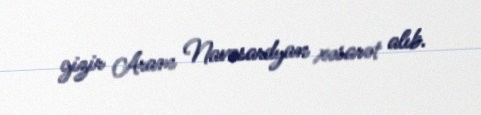
gizir Aram Navasardyan xəsarət alıb.